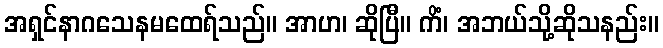
အရှင်နာဂသေနမထေရ်သည်။ အာဟ၊ ဆိုပြီ။ ကိံ၊ အဘယ်သို့ဆိုသနည်း။